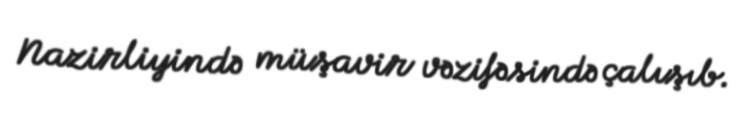
Nazirliyində müşavir vəzifəsində çalışıb.